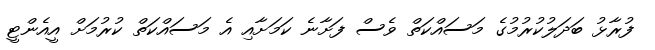
ފުރާޅު ބަދަލުކުރުމުގެ މަސައްކަތް ވެސް ފަށާނެ ކަމަށާއި އެ މަސައްކަތް ކުރުމަށް އީއެންޓީ